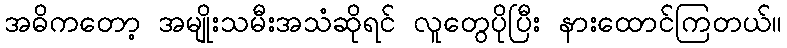
အဓိကတော့ အမျိုးသမီးအသံဆိုရင် လူတွေပိုပြီး နားထောင်ကြတယ်။